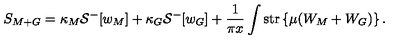
S _ { M + G } = \kappa _ { M } { \cal S } ^ { - } [ w _ { M } ] + \kappa _ { G } { \cal S } ^ { - } [ w _ { G } ] + \frac { 1 } { \pi x } \int \mathrm { s t r } \left\{ \mu ( W _ { M } + W _ { G } ) \right\} .